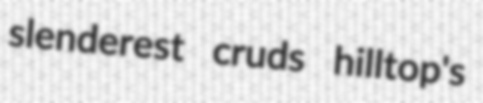
slenderest cruds hilltop's